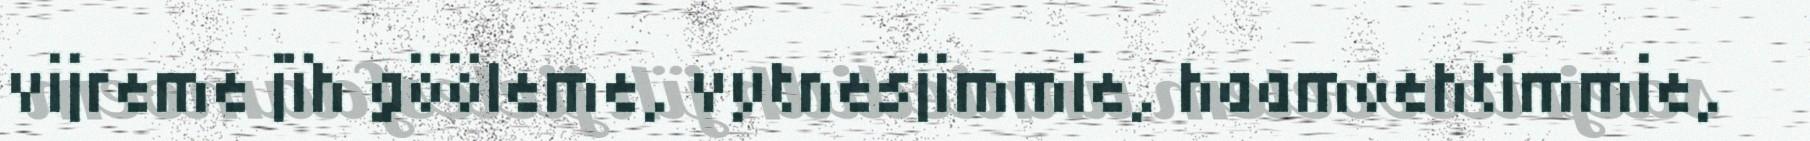
vijreme jïh gööleme, vytnesjimmie, haamoehtimmie,